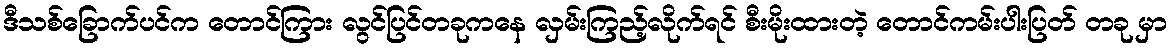
ဒီသစ်ခြောက်ပင်က တောင်ကြား လွင်ပြင်တခုကနေ လှမ်းကြည့်လိုက်ရင် စီးမိုးထားတဲ့ တောင်ကမ်းပါးပြတ် တခု မှာ